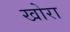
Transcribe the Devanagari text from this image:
खोरा